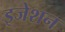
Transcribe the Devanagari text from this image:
इजेशन